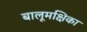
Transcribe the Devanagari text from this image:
बालूमक्षिका